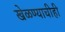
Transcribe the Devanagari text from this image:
खेळण्याचीही